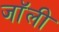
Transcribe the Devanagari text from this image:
जाॅली